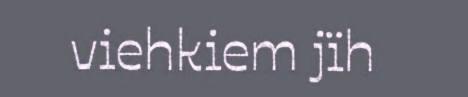
viehkiem jïh